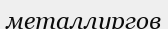
металлургов